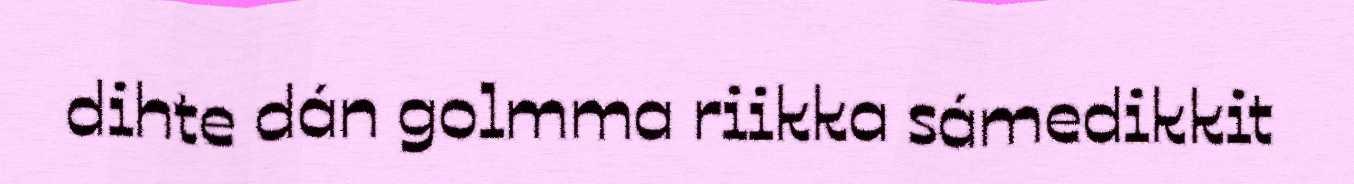
dihte dán golmma riikka sámedikkit